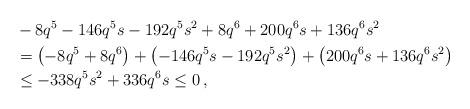
LaTeX: \begin{align*} & -8q^5-146q^5s-192q^5s^2+8q^6 +200q^6s+136q^6s^2 \\ & =\left( -8q^5+8q^6 \right)+ \left( -146q^5s-192q^5s^2 \right)+ \left(200q^6s+136q^6s^2 \right)\\ & \le -338q^5s^2 +336q^6s \le 0 \, , \end{align*}